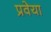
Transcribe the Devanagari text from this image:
प्रवेया